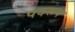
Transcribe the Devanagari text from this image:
पदरूप